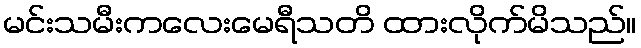
မင်းသမီးကလေးမေရီသတိ ထားလိုက်မိသည်။